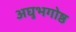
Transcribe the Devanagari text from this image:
अघुभगोष्ठ